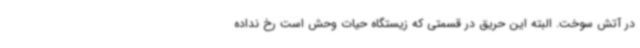
در آتش سوخت. البته این حریق در قسمتی که زیستگاه حیات وحش است رخ نداده